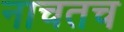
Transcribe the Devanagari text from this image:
नाचतच